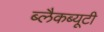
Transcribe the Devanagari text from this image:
ब्लैकब्यूटी